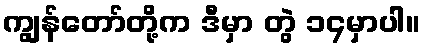
ကျွန်တော်တို့က ဒီမှာ တွဲ ၁၄မှာပါ။